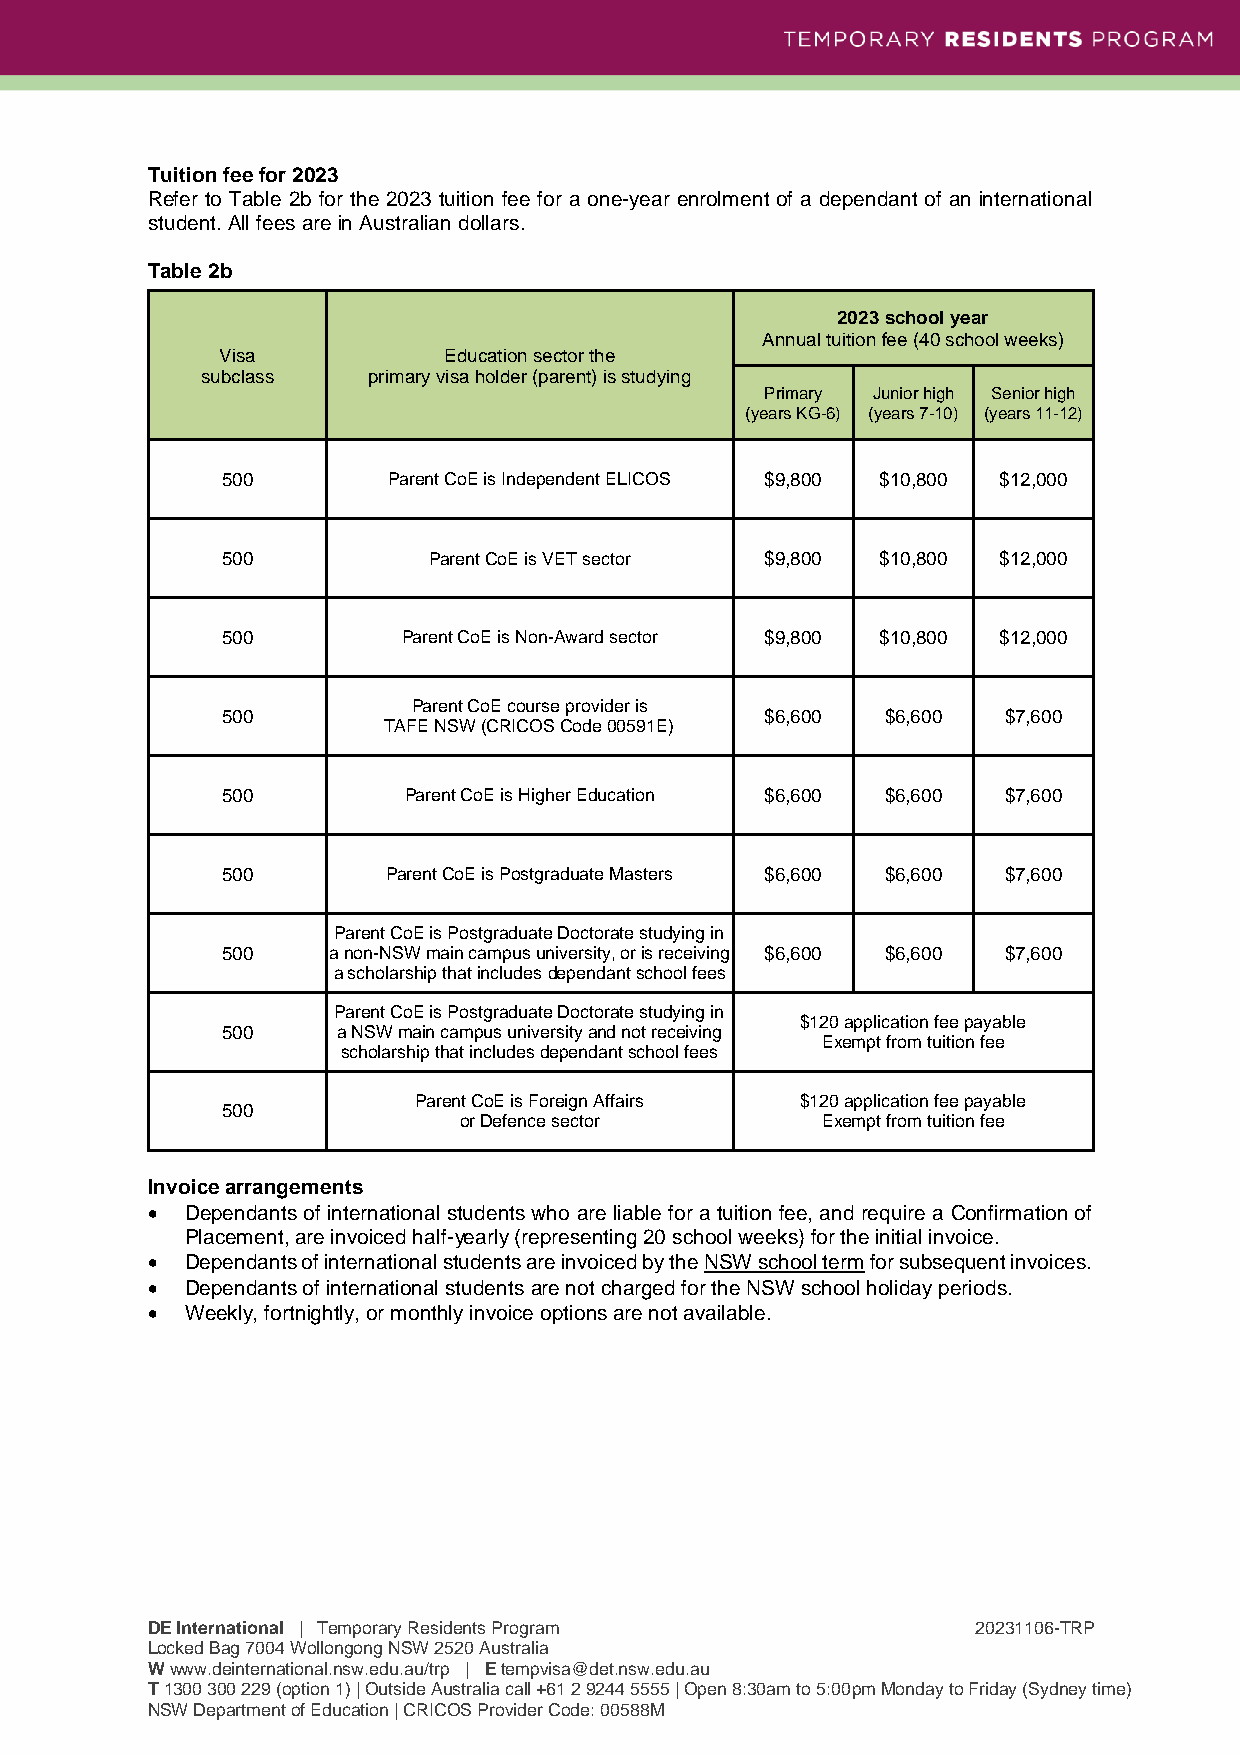
Tuition fee for 2023
 Refer to Table 2b for the 2023 tuition fee for a one-year enrolment of a dependant of an international
 student. All fees are in Australian dollars.
 Table 2b
 2023 school year
 Annual tuition fee (40 school weeks)
 Visa          Education sector the
 subclass   primary visa holder (parent) is studying
 Primary Junior high Senior high
 (years KG-6) (years 7-10) (years 11-12)
 500        Parent CoE is Independent ELICOS $9,800 $10,800 $12,000
 500          Parent CoE is VET sector $9,800 $10,800 $12,000
 500         Parent CoE is Non-Award sector $9,800 $10,800 $12,000
 Parent CoE course provider is
 500                                 $6,600  $6,600 $7,600
 TAFE NSW (CRICOS Code 00591E)
 500         Parent CoE is Higher Education $6,600 $6,600 $7,600
 500        Parent CoE is Postgraduate Masters $6,600 $6,600 $7,600
 Parent CoE is Postgraduate Doctorate studying in
 500    a non-NSW main campus university, or is receiving $6,600 $6,600 $7,600
 a scholarship that includes dependant school fees
 Parent CoE is Postgraduate Doctorate studying in
 $120 application fee payable
 500    a NSW main campus university and not receiving
 Exempt from tuition fee
 scholarship that includes dependant school fees
 Parent CoE is Foreign Affairs $120 application fee payable
 500
 or Defence sector       Exempt from tuition fee
 Invoice arrangements
  Dependants of international students who are liable for a tuition fee, and require a Confirmation of
 Placement, are invoiced half-yearly (representing 20 school weeks) for the initial invoice.
  Dependants of international students are invoiced by the NSW school term for subsequent invoices.
  Dependants of international students are not charged for the NSW school holiday periods.
  Weekly, fortnightly, or monthly invoice options are not available.
 DE International | Temporary Residents Program         20231106-TRP
 Locked Bag 7004 Wollongong NSW 2520 Australia
 W www.deinternational.nsw.edu.au/trp | E tempvisa@det.nsw.edu.au
 T 1300 300 229 (option 1) | Outside Australia call +61 2 9244 5555 | Open 8:30am to 5:00pm Monday to Friday (Sydney time)
 NSW Department of Education | CRICOS Provider Code: 00588M